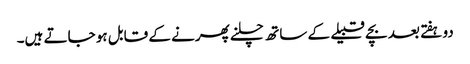
دو ہفتے بعد بچے قبیلے کے ساتھ چلنے پھرنے کے قابل ہو جاتے ہیں۔